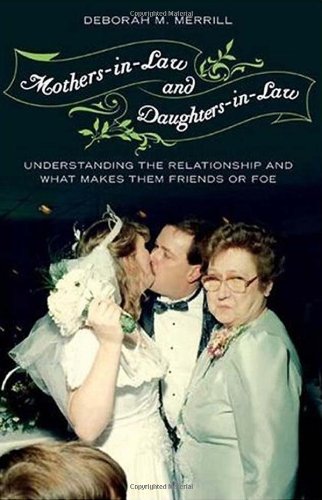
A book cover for Mothers-in-Law and Daughters-in-Law: Understanding the Relationship and What Makes Them Friends or Foe; Deborah M. Merrill; Parenting & Relationships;